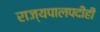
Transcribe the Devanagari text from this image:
राज्यपालपदीही